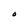
Character: O